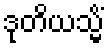
ဒုတိယသ္မိံ